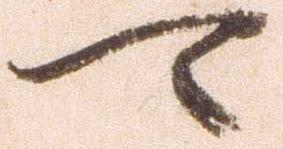
可